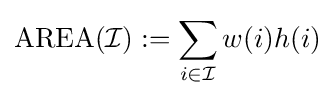
\mathrm {AREA} ({\mathcal {I}}):=\sum _{i\in {\mathcal {I}}}w(i)h(i)